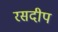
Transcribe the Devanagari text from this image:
रसदीप